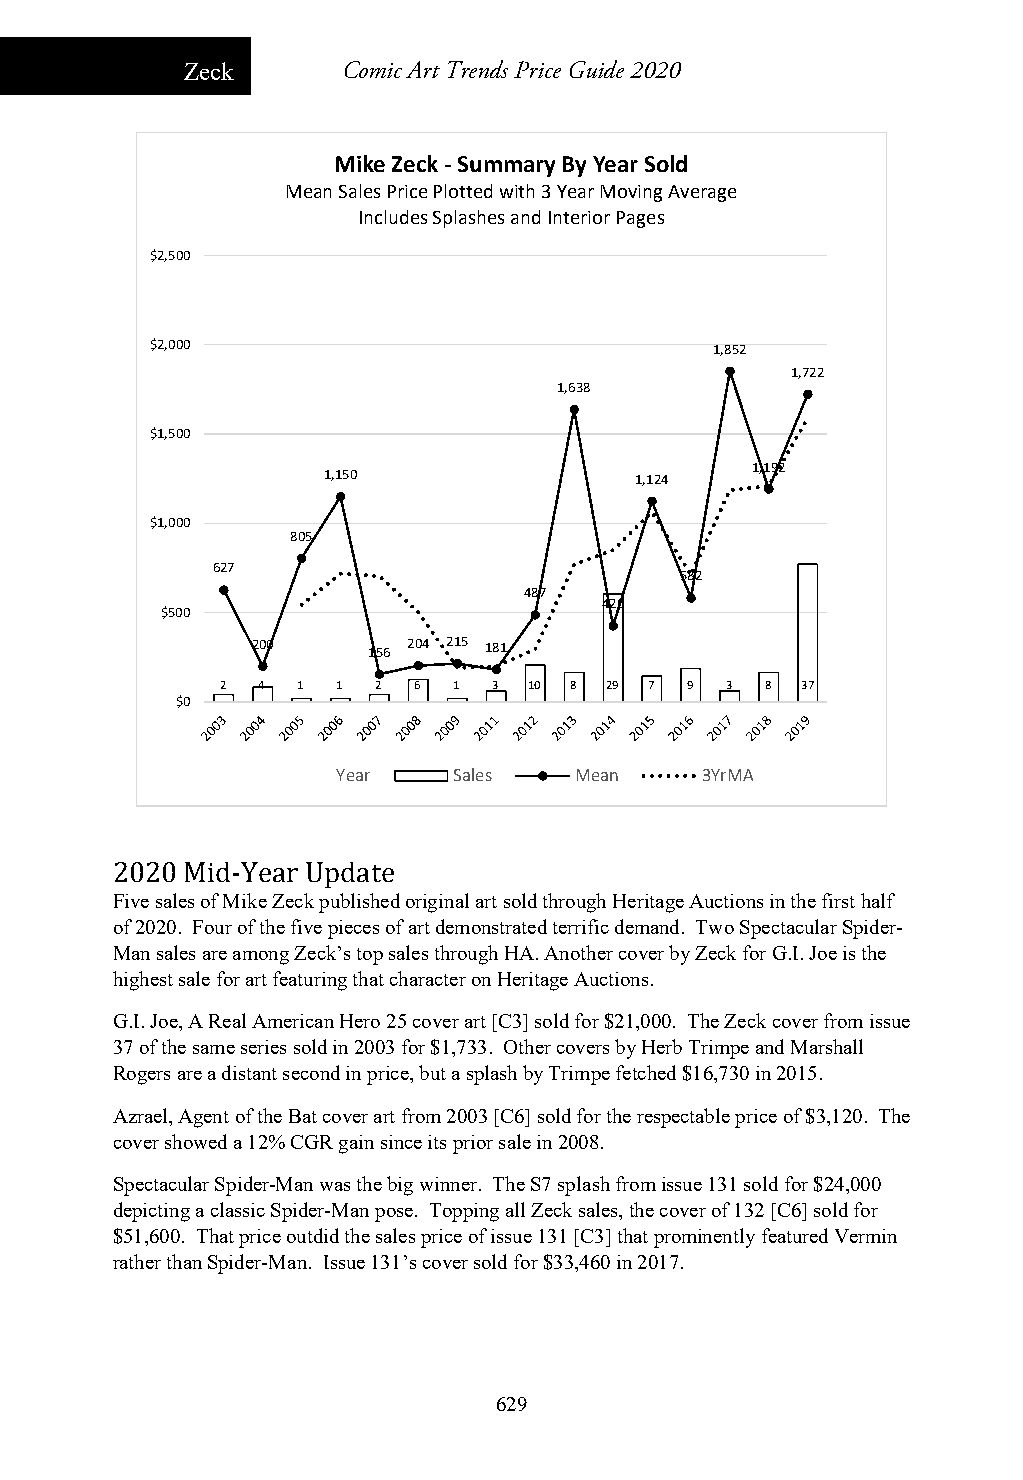
Zeck       Comic Art Trends Price Guide 2020
 Mike Zeck ‐Summary By Year Sold
 Mean Sales Price Plotted with 3 Year Moving Average
 Includes Splashes and Interior Pages
 $2,500
 $2,000                               1,852
 1,722
 1,638
 $1,500
 1,192
 1,150                1,124
 $1,000
 805
 627
 582
 487
 426
 $500
 200    156 204 215 181
 2 4  1 1  2 6  1  3 10 8 29 7  9 3  8 37
 $0
 Year    Sales   Mean    3YrMA
 2020 Mid-Year Update
 Five sales of Mike Zeck published original art sold through Heritage Auctions in the first half
 of 2020. Four of the five pieces of art demonstrated terrific demand. Two Spectacular Spider-
 Man sales are among Zeck’s top sales through HA. Another cover by Zeck for G.I. Joe is the
 highest sale for art featuring that character on Heritage Auctions.
 G.I. Joe, A Real American Hero 25 cover art [C3] sold for $21,000. The Zeck cover from issue
 37 of the same series sold in 2003 for $1,733. Other covers by Herb Trimpe and Marshall
 Rogers are a distant second in price, but a splash by Trimpe fetched $16,730 in 2015.
 Azrael, Agent of the Bat cover art from 2003 [C6] sold for the respectable price of $3,120. The
 cover showed a 12% CGR gain since its prior sale in 2008.
 Spectacular Spider-Man was the big winner. The S7 splash from issue 131 sold for $24,000
 depicting a classic Spider-Man pose. Topping all Zeck sales, the cover of 132 [C6] sold for
 $51,600. That price outdid the sales price of issue 131 [C3] that prominently featured Vermin
 rather than Spider-Man. Issue 131’s cover sold for $33,460 in 2017.
 629